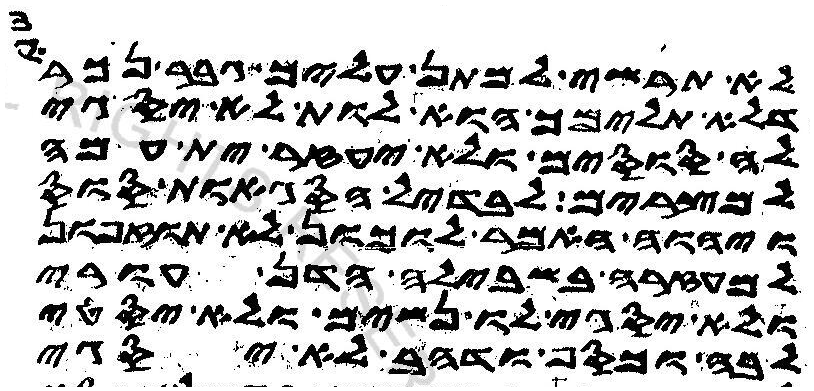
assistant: לא תרשי למתן עליך גבר נכראי
דלא תלימך הוא לות לא יסגי
לה סוסים ולא יעזר ית עמה
למצרים לבדיל הסגאות סוס
ויהוה האמר לוכון לא תוזפון
למעזרה בשבילה הדן עורי
ולא יסגי לוה נשים ולא יסטי
לבה וכסף ודהב לא יסגי